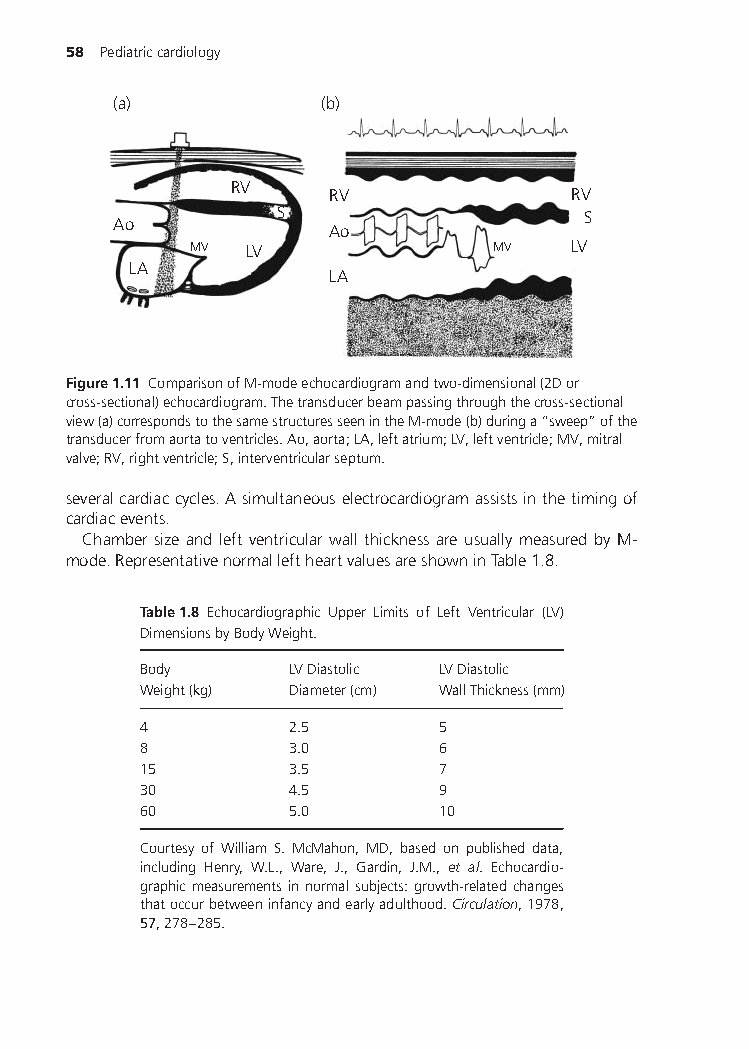
58 Pediatriccardiology
 (a)           (b)
 RV    RV              RV
 S                   S
 Ao
 Ao
 MV  LV              MV   LV
 LA
 LA
 Figure1.11 ComparisonofM-modeechocardiogramandtwo-dimensional(2Dor
 cross-sectional)echocardiogram.Thetransducerbeampassingthroughthecross-sectional
 view(a)correspondstothesamestructuresseenintheM-mode(b)duringa“sweep”ofthe
 transducerfromaortatoventricles.Ao,aorta;LA,leftatrium;LV,leftventricle;MV,mitral
 valve;RV,rightventricle;S,interventricularseptum.
 severalcardiaccycles.Asimultaneouselectrocardiogramassistsinthetimingof
 cardiacevents.
 Chamber size and left ventricular wall thickness are usually measured by M-
 mode.RepresentativenormalleftheartvaluesareshowninTable1.8.
 Table1.8 Echocardiographic Upper Limits of Left Ventricular (LV)
 DimensionsbyBodyWeight.
 Body      LVDiastolic LVDiastolic
 Weight(kg) Diameter(cm) WallThickness(mm)
 4         2.5      5
 8         3.0      6
 15        3.5      7
 30        4.5      9
 60        5.0      10
 Courtesy of William S. McMahon, MD, based on published data,
 including Henry, W.L., Ware, J., Gardin, J.M., et al. Echocardio-
 graphicmeasurementsinnormalsubjects:growth-relatedchanges
 thatoccurbetweeninfancyandearlyadulthood.Circulation,1978,
 57,278–285.